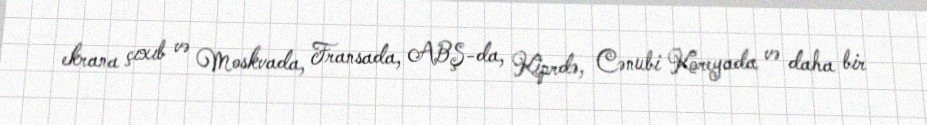
ekrana çıxıb və Moskvada, Fransada, ABŞ-da, Kiprdə, Cənubi Koreyada və daha bir